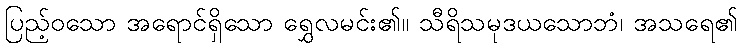
ပြည့်ဝသော အရောင်ရှိသော ရွှေလမင်း၏။ သီရိသမုဒယသောဘံ၊ အသရေ၏